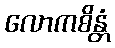
လောကစိန္တံ